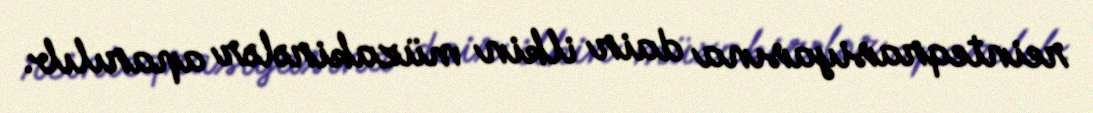
reinteqrasiyasına dair ilkin müzakirələr aparılıb.